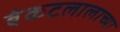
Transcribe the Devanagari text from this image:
बंकटलालाच्या